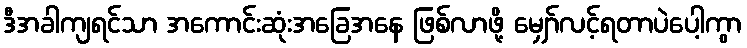
ဒီအခါကျရင်သာ အကောင်းဆုံးအခြေအနေ ဖြစ်လာဖို့ မျှော်လင့်ရတာပဲပေါ့ကွာ